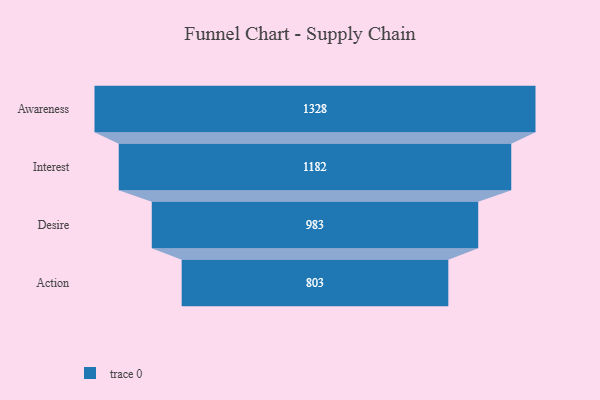
{"axis": {"x": "Stage", "y": "Value"}, "legend": [""], "data": [{"x": "Awareness", "y": 1328.0, "type": ""}, {"x": "Interest", "y": 1182.0, "type": ""}, {"x": "Desire", "y": 983.0, "type": ""}, {"x": "Action", "y": 803.0, "type": ""}]}